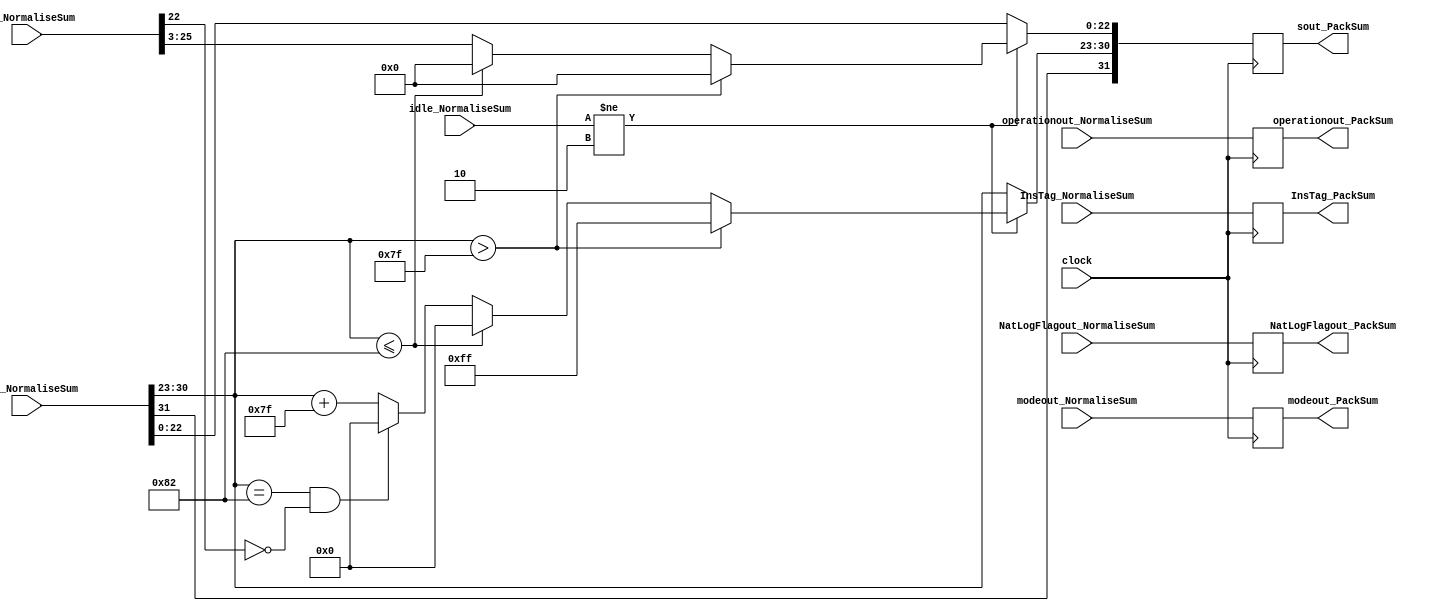
module PackSum(
	input [1:0] idle_NormaliseSum,
	input [31:0] sout_NormaliseSum,
	input [1:0] modeout_NormaliseSum,
	input operationout_NormaliseSum,
	input NatLogFlagout_NormaliseSum,
	input [27:0] sum_NormaliseSum,
	input [7:0] InsTag_NormaliseSum,
	input clock,
	output reg [31:0] sout_PackSum,
	output reg [1:0] modeout_PackSum,
	output reg operationout_PackSum,
	output reg NatLogFlagout_PackSum,
	output reg [7:0] InsTag_PackSum
    );
	 
parameter mode_circular  =2'b01, 
			 mode_linear    =2'b00, 
			 mode_hyperbolic=2'b11;

parameter no_idle = 2'b00,
			 allign_idle = 2'b01,
			 put_idle = 2'b10;

wire s_sign;
wire [7:0] s_exponent;

assign s_sign = sout_NormaliseSum[31];
assign s_exponent = sout_NormaliseSum[30:23];

always @ (posedge clock)
begin
	
	InsTag_PackSum <= InsTag_NormaliseSum;
	modeout_PackSum <= modeout_NormaliseSum;
	operationout_PackSum <= operationout_NormaliseSum;
	NatLogFlagout_PackSum <= NatLogFlagout_NormaliseSum;
	
	if (idle_NormaliseSum != put_idle) begin
		sout_PackSum[22:0] <= sum_NormaliseSum[25:3];
		sout_PackSum[30:23] <= s_exponent + 127;
		sout_PackSum[31] <= s_sign;
      if ($signed(s_exponent) == -126 && sum_NormaliseSum[22] == 0) begin
         sout_PackSum[30 : 23] <= 0;
      end
		  
		if ($signed(s_exponent) <= -126) begin
			sout_PackSum[30 : 23] <= 0;
			sout_PackSum[22:0] <= 0;
		end
		  
        //if overflow occurs, return inf
      if ($signed(s_exponent) > 127) begin
         sout_PackSum[22 : 0] <= 0;
         sout_PackSum[30 : 23] <= 255;
         sout_PackSum[31] <= s_sign;
      end		
	end
	
	else begin
		sout_PackSum <= sout_NormaliseSum;
	end
end


endmodule